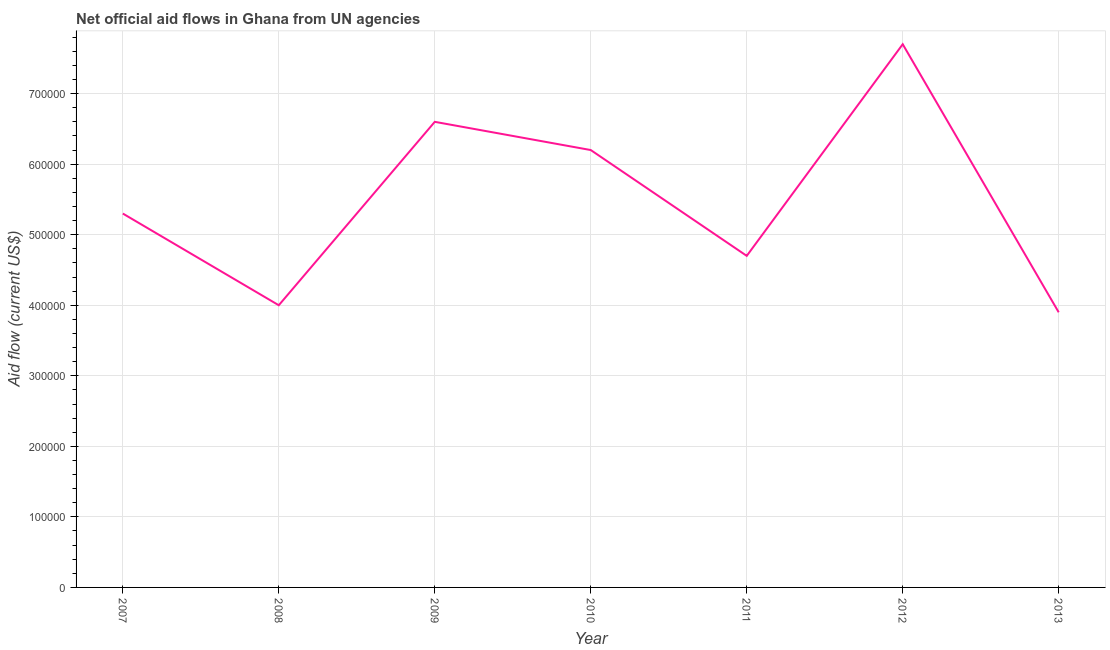
| Year | Net official flows from UN agencies |
 | --- | --- |
 | 2007 | 5.3e+05 |
 | 2008 | 4e+05 |
 | 2009 | 6.6e+05 |
 | 2010 | 6.2e+05 |
 | 2011 | 4.7e+05 |
 | 2012 | 7.7e+05 |
 | 2013 | 3.9e+05 |